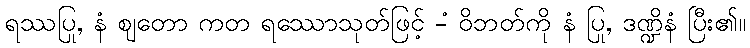
ရဿပြု, နံ ဈတော ကတ ရဿောသုတ်ဖြင့် -ံ ဝိဘတ်ကို နံ ပြု, ဒဏ္ဍိနံ ပြီး၏။